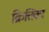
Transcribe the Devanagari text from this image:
क्रित्तिका